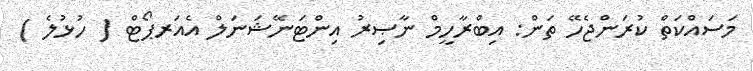
މަސައްކަތް ކުރަންޖެހޭ ތަން: އިބްރާހީމް ނާޞިރު އިންޓަނޭޝަނަލް އެއަރޕޯޓް ( ހުޅުލެ )